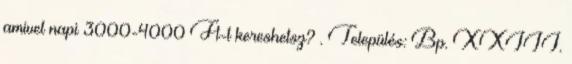
amivel napi 3000-4000 Ft-t kereshetsz? . Település: Bp. XXIII.